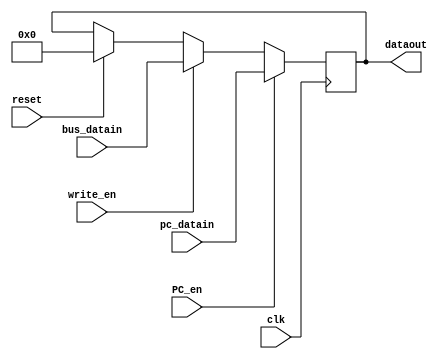
/* TODO

always@(dataout)
    memory = dataout

Updated in the processor

*/
module AR
#(
    parameter reg_width=12
   
)

(
    input wire write_en,PC_en,// PC_en => PC read enable which unblock the PC,AR dedicated path
    input wire clk,reset,
    input wire [(reg_width-1):0] pc_datain, 
    input wire [(reg_width-1):0] bus_datain, // datain from pc, bus processor 
    output reg [(reg_width-1):0] dataout //dataout to memory ( IR and Data)   // selecting which -
    //- memory to access will be done in memory

);



reg [reg_width-1:0] trash;

always @(posedge clk ) begin
    
    if(PC_en) // PC_en and write_en //PC is considerd 1st so even enabling AR along with pc en stores pc data in AR
        dataout = pc_datain;

    else if (write_en)
        dataout= bus_datain;
    
    else if (reset)
        dataout = 12'b000000000000;    

    // else
    //     dataout = trash;             
    
end


endmodule